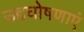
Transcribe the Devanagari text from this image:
उद्दघोषणाएं